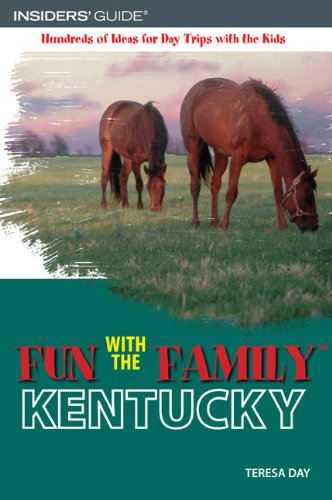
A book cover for Fun with the Family Kentucky, 3rd (Fun with the Family Series); Teresa Day; Travel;